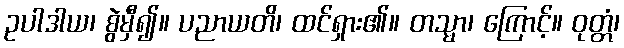
ဥပါဒါယ၊ စွဲမှီ၍။ ပညာယတိ၊ ထင်ရှား၏။ တသ္မာ၊ ကြောင့်။ ဝုတ္တံ၊